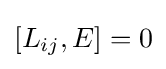
[L_{ij},E]=0